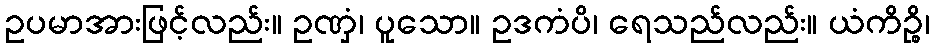
ဥပမာအားဖြင့်လည်း။ ဥဏှံ၊ ပူသော။ ဥဒကံပိ၊ ရေသည်လည်း။ ယံကိဉ္စိ၊